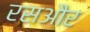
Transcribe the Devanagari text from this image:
रसऔर